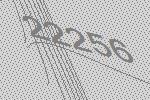
22256